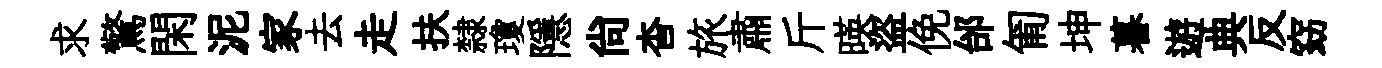
求驚閑泥家去走扶隸瓊隱尚杳旅肅斤暎盜俛邰匍坤暮遊典反窈